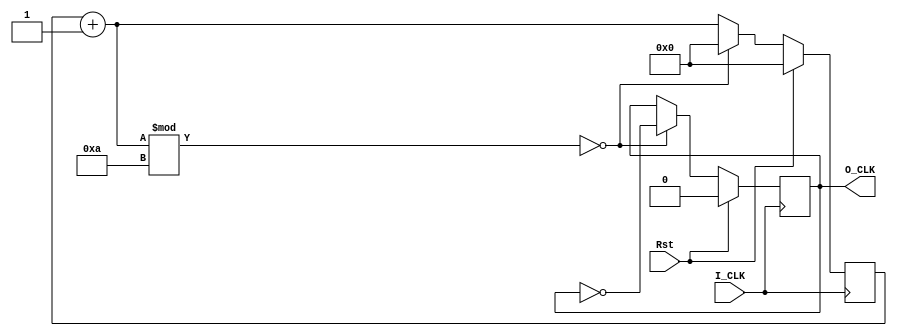
`timescale 1ns / 1ns
//////////////////////////////////////////////////////////////////////////////////
// Company: 
// Engineer: 
// 
// Design Name: 
// Module Name: Divider
// Project Name: 
// Target Devices: 
// Tool Versions: 
// Description: 
// 
// Dependencies: 
// 
// Revision:
// Revision 0.01 - File Created
// Additional Comments:
// 
//////////////////////////////////////////////////////////////////////////////////


module Divider #(
    parameter freqDivisor = 20
)(
    input I_CLK,
    input Rst,
    output O_CLK
    );
    reg [63:0] num = 0;
    reg [1:0] inter_CLK = 0;
    reg [1:0] odd_Pause = 0;
    
    if(freqDivisor % 2 == 0)
    begin
        always @(posedge I_CLK)
        begin
            if(Rst)
            begin
                num[31:0] = 32'b0;
                inter_CLK[0] = 0;
                odd_Pause = 0;
            end
            else
            begin
                num[31:0] = num[31:0] + 1;
                if(num[31:0] % (freqDivisor /2) == 0)
                begin
                    num[31:0] = 32'b0;
                    inter_CLK[0] = ~inter_CLK[0];
                end
            end
        end
        assign O_CLK = inter_CLK[0];
    end
    else
    begin
        always @(posedge I_CLK)
        begin
            if(Rst)
            begin
                num[31:0] = 32'b0;
                inter_CLK[0] = 1'b0;
                odd_Pause[0] = 0;
                num[63:32] = 32'b0;
                inter_CLK[1] = 1'b0;
                odd_Pause[1] = 0;
            end
            else
            begin
                num[31:0] = num[31:0] + 1;
                if(num[31:0] % (freqDivisor /2) == 0)
                begin
                    if((inter_CLK[0] == 0 & odd_Pause[0] == 0))
                    begin
                        odd_Pause[0] = 1;
                        num[31:0] = num[31:0] - 1;
                    end
                    else
                    begin
                        inter_CLK[0] = ~inter_CLK[0];
                        odd_Pause[0] = 0;
                        num[31:0] = 32'b0;
                    end
                end
            end
        end
        always @(negedge I_CLK)
        begin
            if(Rst)
            begin
                num[63:32] = 32'b0;
                inter_CLK[1] = 1'b0;
                odd_Pause[1] = 0;
            end
            else
            begin
                num[63:32] = num[63:32] + 1;
                if(num[63:32] % (freqDivisor /2) == 0)
                begin
                    if(inter_CLK[1] == 0 & odd_Pause[1] == 0)
                    begin
                        odd_Pause[1] = 1;
                        num[63:32] = num[63:32] - 1;
                    end
                    else
                    begin
                        inter_CLK[1] = ~inter_CLK[1];
                        odd_Pause[1] = 0;
                        num[63:32] = 32'b0;
                    end
                end
            end
        end
        assign O_CLK = inter_CLK[1] | inter_CLK[0];
    end
endmodule